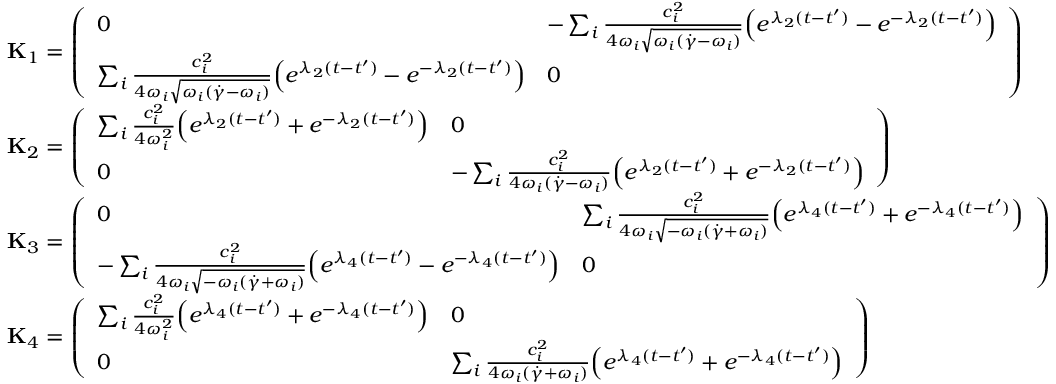
\begin{array} { r l } & { \mathbf { { K } } _ { 1 } = \left( \begin{array} { l l } { 0 } & { - \sum _ { i } \frac { c _ { i } ^ { 2 } } { 4 \omega _ { i } \sqrt { \omega _ { i } ( \dot { \gamma } - \omega _ { i } ) } } \Bigl ( e ^ { \lambda _ { 2 } ( t - t ^ { \prime } ) } - e ^ { - \lambda _ { 2 } ( t - t ^ { \prime } ) } \Bigr ) } \\ { \sum _ { i } \frac { c _ { i } ^ { 2 } } { 4 \omega _ { i } \sqrt { \omega _ { i } ( \dot { \gamma } - \omega _ { i } ) } } \Bigl ( e ^ { \lambda _ { 2 } ( t - t ^ { \prime } ) } - e ^ { - \lambda _ { 2 } ( t - t ^ { \prime } ) } \Bigr ) } & { 0 } \end{array} \right) } \\ & { \mathbf { { K } } _ { 2 } = \left( \begin{array} { l l } { \sum _ { i } \frac { c _ { i } ^ { 2 } } { 4 \omega _ { i } ^ { 2 } } \Bigl ( e ^ { \lambda _ { 2 } ( t - t ^ { \prime } ) } + e ^ { - \lambda _ { 2 } ( t - t ^ { \prime } ) } \Bigr ) } & { 0 } \\ { 0 } & { - \sum _ { i } \frac { c _ { i } ^ { 2 } } { 4 \omega _ { i } ( \dot { \gamma } - \omega _ { i } ) } \Bigl ( e ^ { \lambda _ { 2 } ( t - t ^ { \prime } ) } + e ^ { - \lambda _ { 2 } ( t - t ^ { \prime } ) } \Bigr ) } \end{array} \right) } \\ & { \mathbf { { K } } _ { 3 } = \left( \begin{array} { l l } { 0 } & { \sum _ { i } \frac { c _ { i } ^ { 2 } } { 4 \omega _ { i } \sqrt { - \omega _ { i } ( \dot { \gamma } + \omega _ { i } ) } } \Bigl ( e ^ { \lambda _ { 4 } ( t - t ^ { \prime } ) } + e ^ { - \lambda _ { 4 } ( t - t ^ { \prime } ) } \Bigr ) } \\ { - \sum _ { i } \frac { c _ { i } ^ { 2 } } { 4 \omega _ { i } \sqrt { - \omega _ { i } ( \dot { \gamma } + \omega _ { i } ) } } \Bigl ( e ^ { \lambda _ { 4 } ( t - t ^ { \prime } ) } - e ^ { - \lambda _ { 4 } ( t - t ^ { \prime } ) } \Bigr ) } & { 0 } \end{array} \right) } \\ & { \mathbf { { K } } _ { 4 } = \left( \begin{array} { l l } { \sum _ { i } \frac { c _ { i } ^ { 2 } } { 4 \omega _ { i } ^ { 2 } } \Bigl ( e ^ { \lambda _ { 4 } ( t - t ^ { \prime } ) } + e ^ { - \lambda _ { 4 } ( t - t ^ { \prime } ) } \Bigr ) } & { 0 } \\ { 0 } & { \sum _ { i } \frac { c _ { i } ^ { 2 } } { 4 \omega _ { i } ( \dot { \gamma } + \omega _ { i } ) } \Bigl ( e ^ { \lambda _ { 4 } ( t - t ^ { \prime } ) } + e ^ { - \lambda _ { 4 } ( t - t ^ { \prime } ) } \Bigr ) } \end{array} \right) } \end{array}